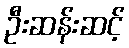
ဦးဆန်းဆင့်